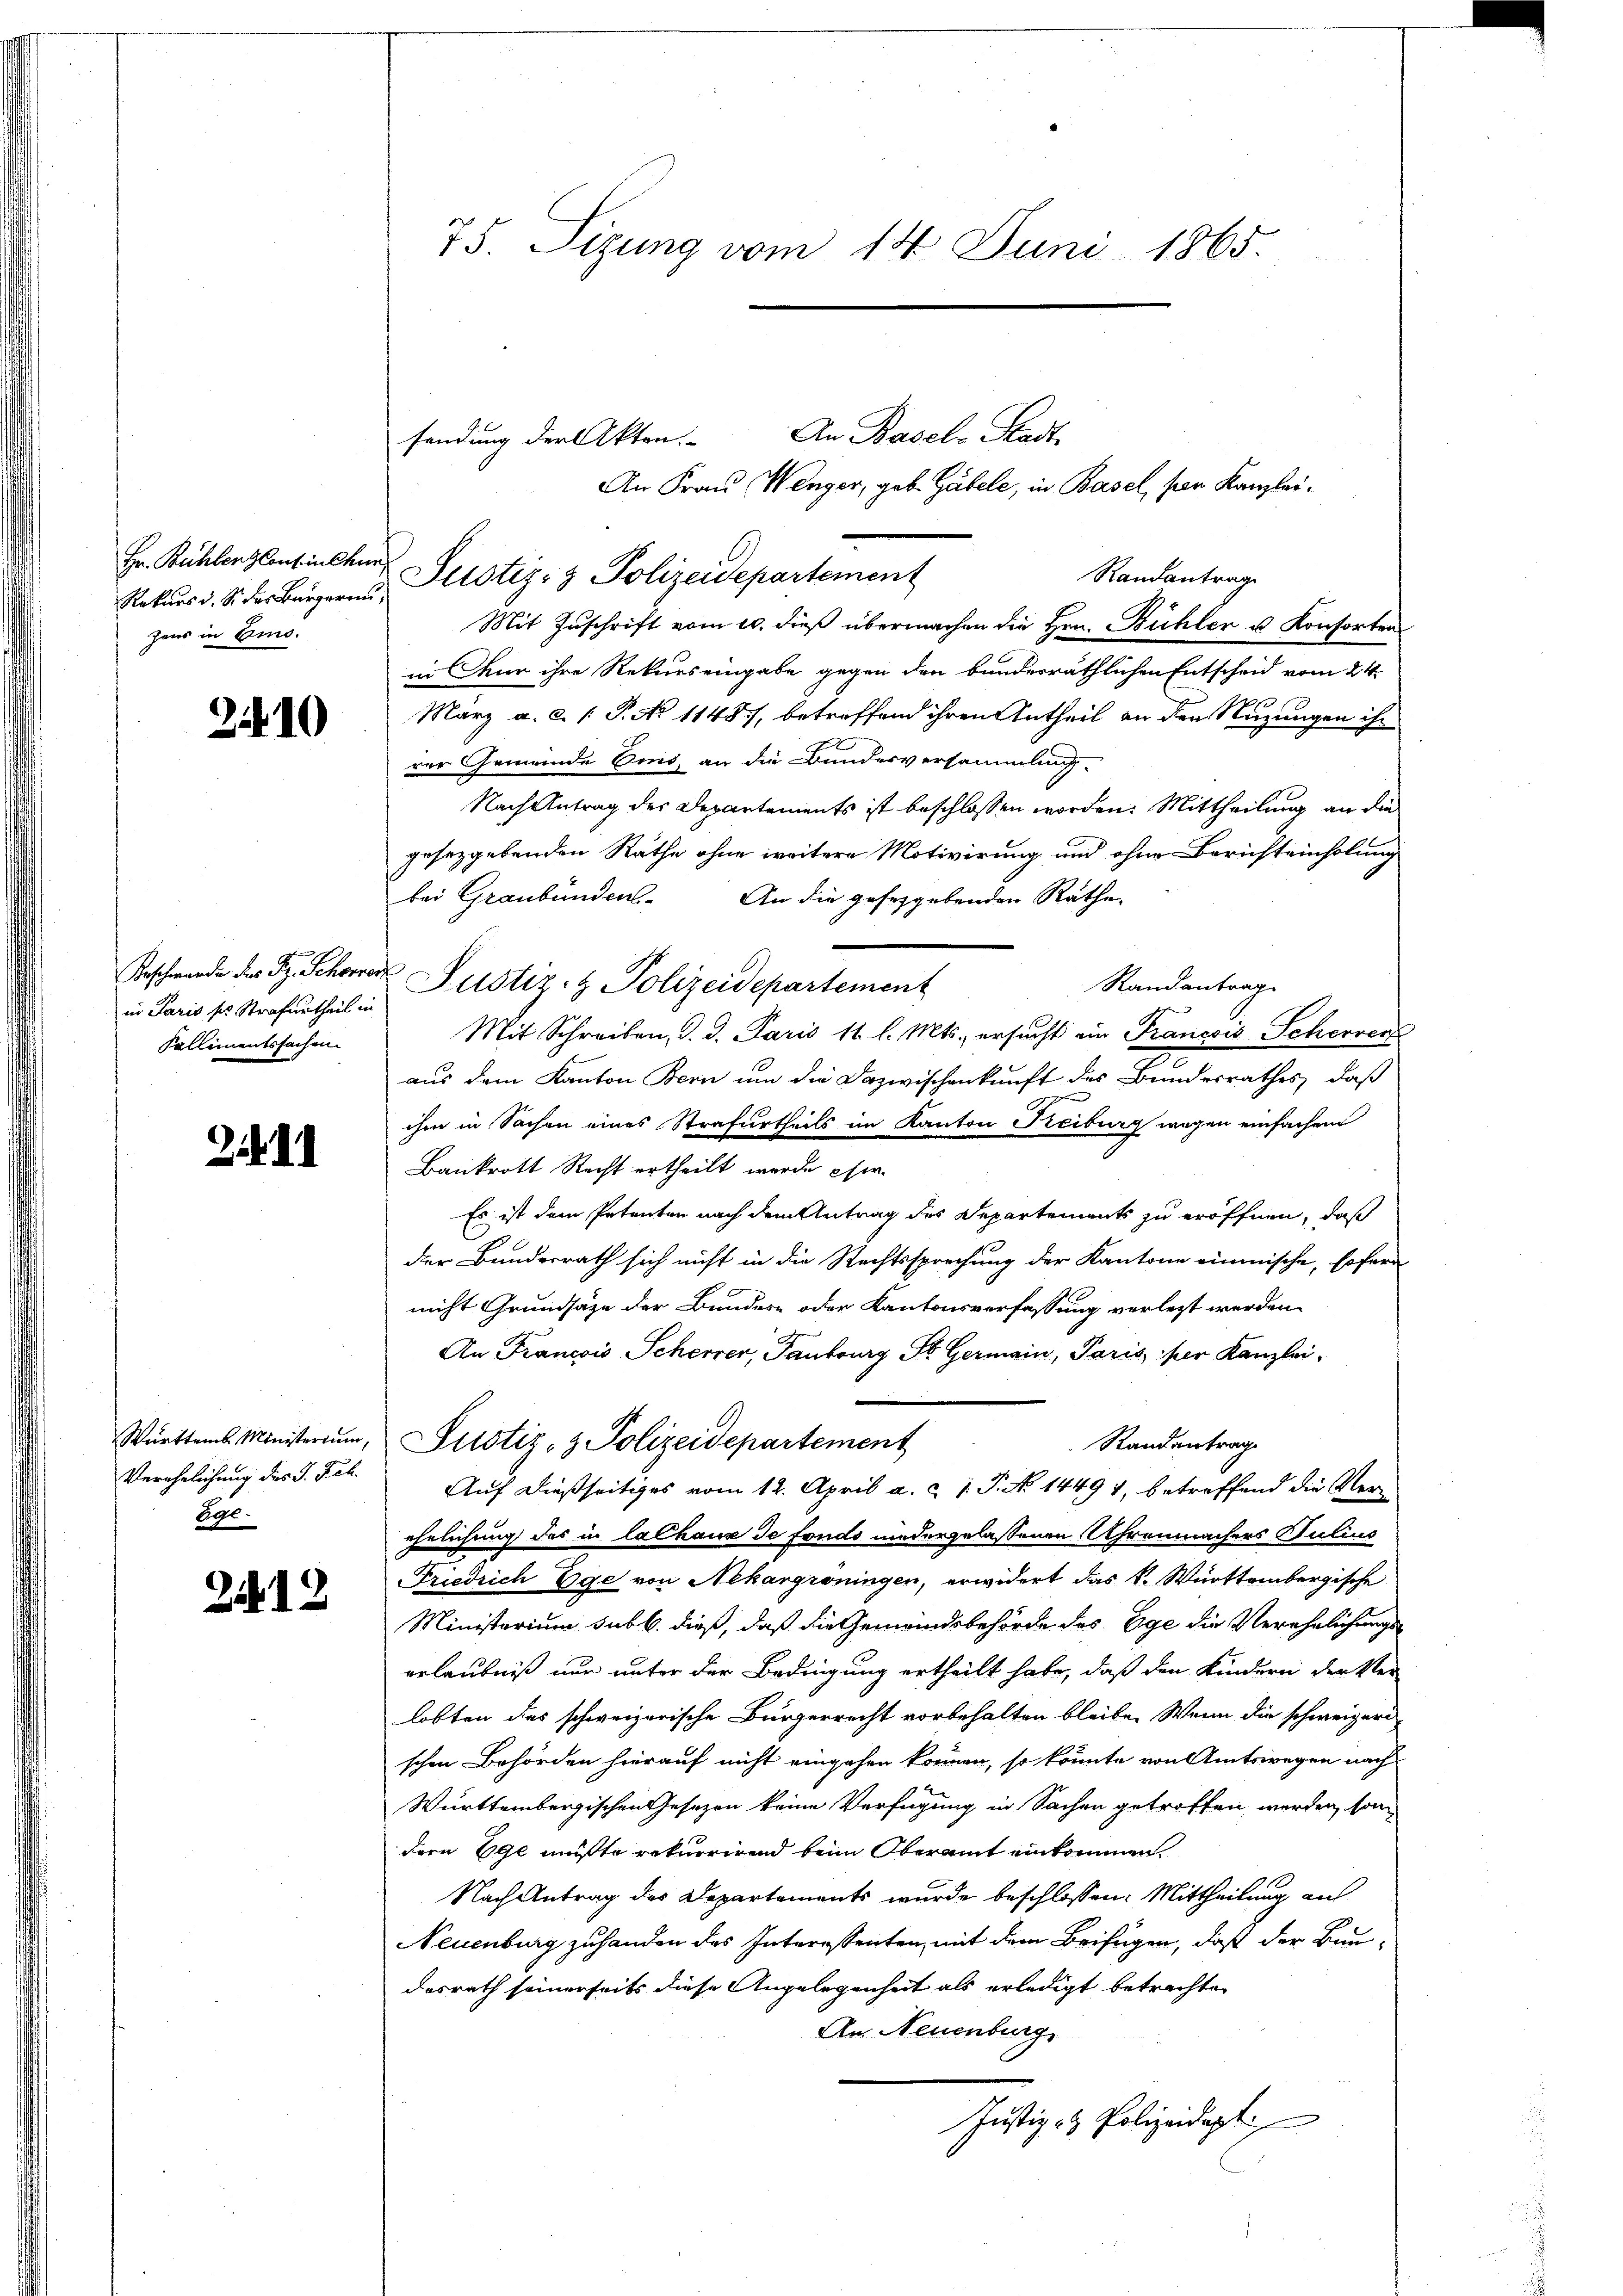
Rekurs d. So das Bürgerin,
zens in Eins.

210

in Paris ser Strafurtheil in
Kallimentssachen.

2. d. d.

Verehelichung des J. Jch.
Ege.

254. 12

An Basel-Stadt.
An Frau (Wenger, geb. Gabele, in Basel, von Kanzlei¬
Randantrag
Mit Zuschrift vom 10. dieß übermachen die Hrn. Bühler u. Konsorten
in Chur ihre Rekurs eingabe gegen den bundesräthlichen Entscheid vom 24.
März a. c. (T. No 11487, betreffend ihren Antheil an den Nuzungen ihr
rer Gemeinde Eid, an die Bundesversammlung.
Nach Antrag der Departements ist beschlossen worden. Mittheilung an die
Jnsezgebenden Rathe ohne weitere Motivirung und ohne Berichteinholung
bei Graubünden. An die geseggebenden Räthe
Randantrage
Mit Schreiben, d. d. Paris 11 l. Mts., ersucht ein Francois Scherren
g
aus dem Kanton Bern um die Dazwischenkunft des Bundesrathes, daß
ihm in Sachen eines Strafurtheils im Kanton Treiburg wegen einfachen
Bankrott Recht ertheilt werde her
Es ist dem Petenton nach dem Antrag des Departements zu eröffnen, daß
der Bundesrath sich nicht in die Rechtssprechung der Kantone einmische, sofern
nicht Grundsätze der Bundes- oder Kantonsverfassung verletzt werden
An Francois Scherrer, Taubourg St. Germain, Paris, per Kanzlei-
Württemb. Ministerim, Pustiz- & Polizeidepartement
Randantrag
Auf dießseitiges vom 12. April a. c. 1. P. No 14494, betreffend die Ver-
ehelichung des in lalhaus de fonds niedergelassenen Uhrenmachers Julius
Friedrich Ege von Nekargroningen, erwidert das k. Württembergische
Ministorium sub b. dieß, daß die Gemeindsbehörde des Ege die Verehrlichungserlaubniß nur unter der Bedingung ertheilt habe, daß den Kindern der Ver-
lobten das schweizerische Bürgerrecht vorbehalten bleibe. Wenn die schweizern
schen Behörden hierauf nicht eingehen können, so könnte von Amtswegen nach
Württembergischen Gesezen keine Verfügung in Sachen getroffen werden, son
dern Ege mußte rekurrirend beim Oberamt einkommen.
Nach Antrag des Departements wurde beschlossen: Mittheilung auf
Neuenburg zu handen des Interessenten, mit dem Beifügen, daß der Baudesrath seinerseits diese Angelegenheit als erledigt betrachte,
An Neuenburg
Justiz- & Polizeidapt

75. Sizung vom 14. Juni 1865.

sendung der Akten.

Hr. Bühlenglentincher Justiz- & Polizeidepartement

Beschwerde der Fr. Schwer Justiz- & Polizeidepartement